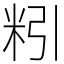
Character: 粌